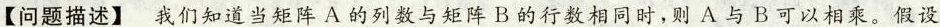
【问题描述】我们知道当矩阵A的列数与矩阵B的行数相同时，则A与B可以相乘。假设